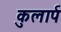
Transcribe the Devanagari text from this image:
कुलार्प